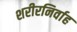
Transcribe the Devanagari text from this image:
शरीरनिर्वाह